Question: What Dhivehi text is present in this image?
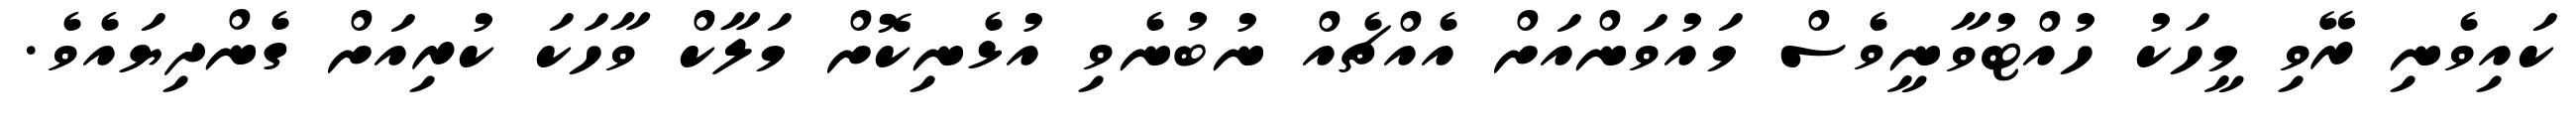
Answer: ކައިވެނި ރޭވި މީހަކު ހުއްޓުވާނީވެސް މައުވަންއަށް އެއްޗެއް ނުބުނެވި އުޅެނިކޮށް މަލާކް ވާހަކަ ކުރިއަށް ގެންދިޔައެވެ.